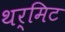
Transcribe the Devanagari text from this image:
थर्मिट